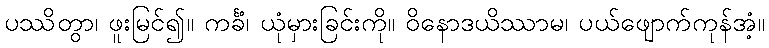
ပဿိတွာ၊ ဖူးမြင်၍။ ကင်္ခံ၊ ယုံမှားခြင်းကို။ ဝိနောဒယိဿာမ၊ ပယ်ဖျောက်ကုန်အံ့။